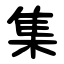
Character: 集